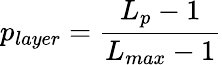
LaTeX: p_{layer}=\frac{L_{p}-1}{L_{max}-1}